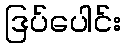
ဒြပ်ပေါင်း